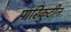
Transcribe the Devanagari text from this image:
पारिकुटीन